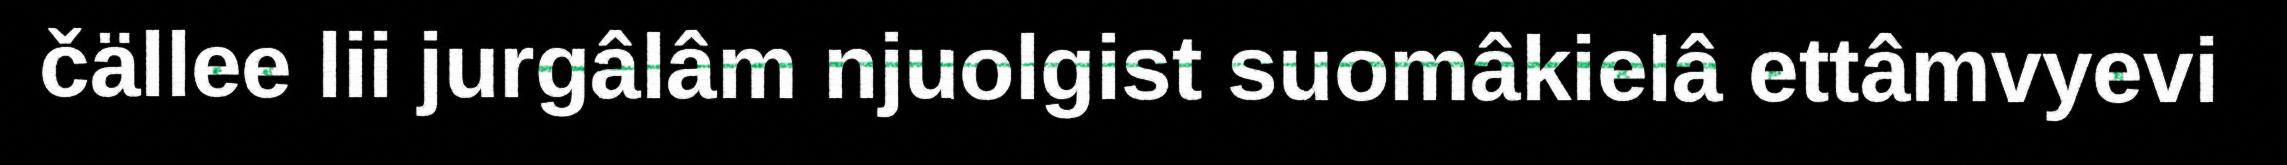
čällee lii jurgâlâm njuolgist suomâkielâ ettâmvyevi